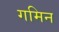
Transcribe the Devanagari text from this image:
गमिन